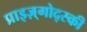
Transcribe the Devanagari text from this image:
प्राइज़्गोद्स्की